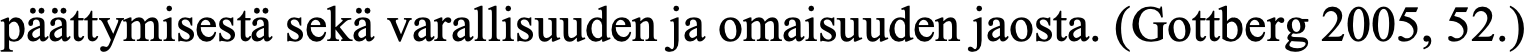
päättymisestä sekä varallisuuden ja omaisuuden jaosta. (Gottberg 2005, 52.)